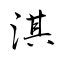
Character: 淇